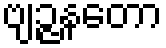
ဗျဉ္ဇနတော